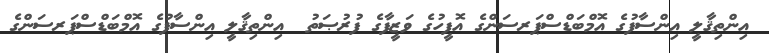
އިންތިޤާލީ އިންސާފުގެ އޮމްބަޑްސްޕަރސަންގެ އޮފީހުގެ ވަޒީފާގެ ފުރުޞަތު  އިންތިޤާލީ އިންސާފުގެ އޮމްބަޑްސްޕަރސަންގެ